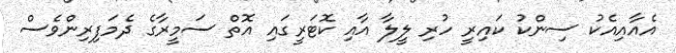
އެއާއިއެކު ސިންކު ކައިރީ ހުރި ލީލާ އާއި ކޮޓަރީގައި އޮތް ސަމީރާގެ ދެމަފިރިންވެސް